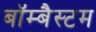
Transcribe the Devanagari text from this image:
बॉम्बैस्टम